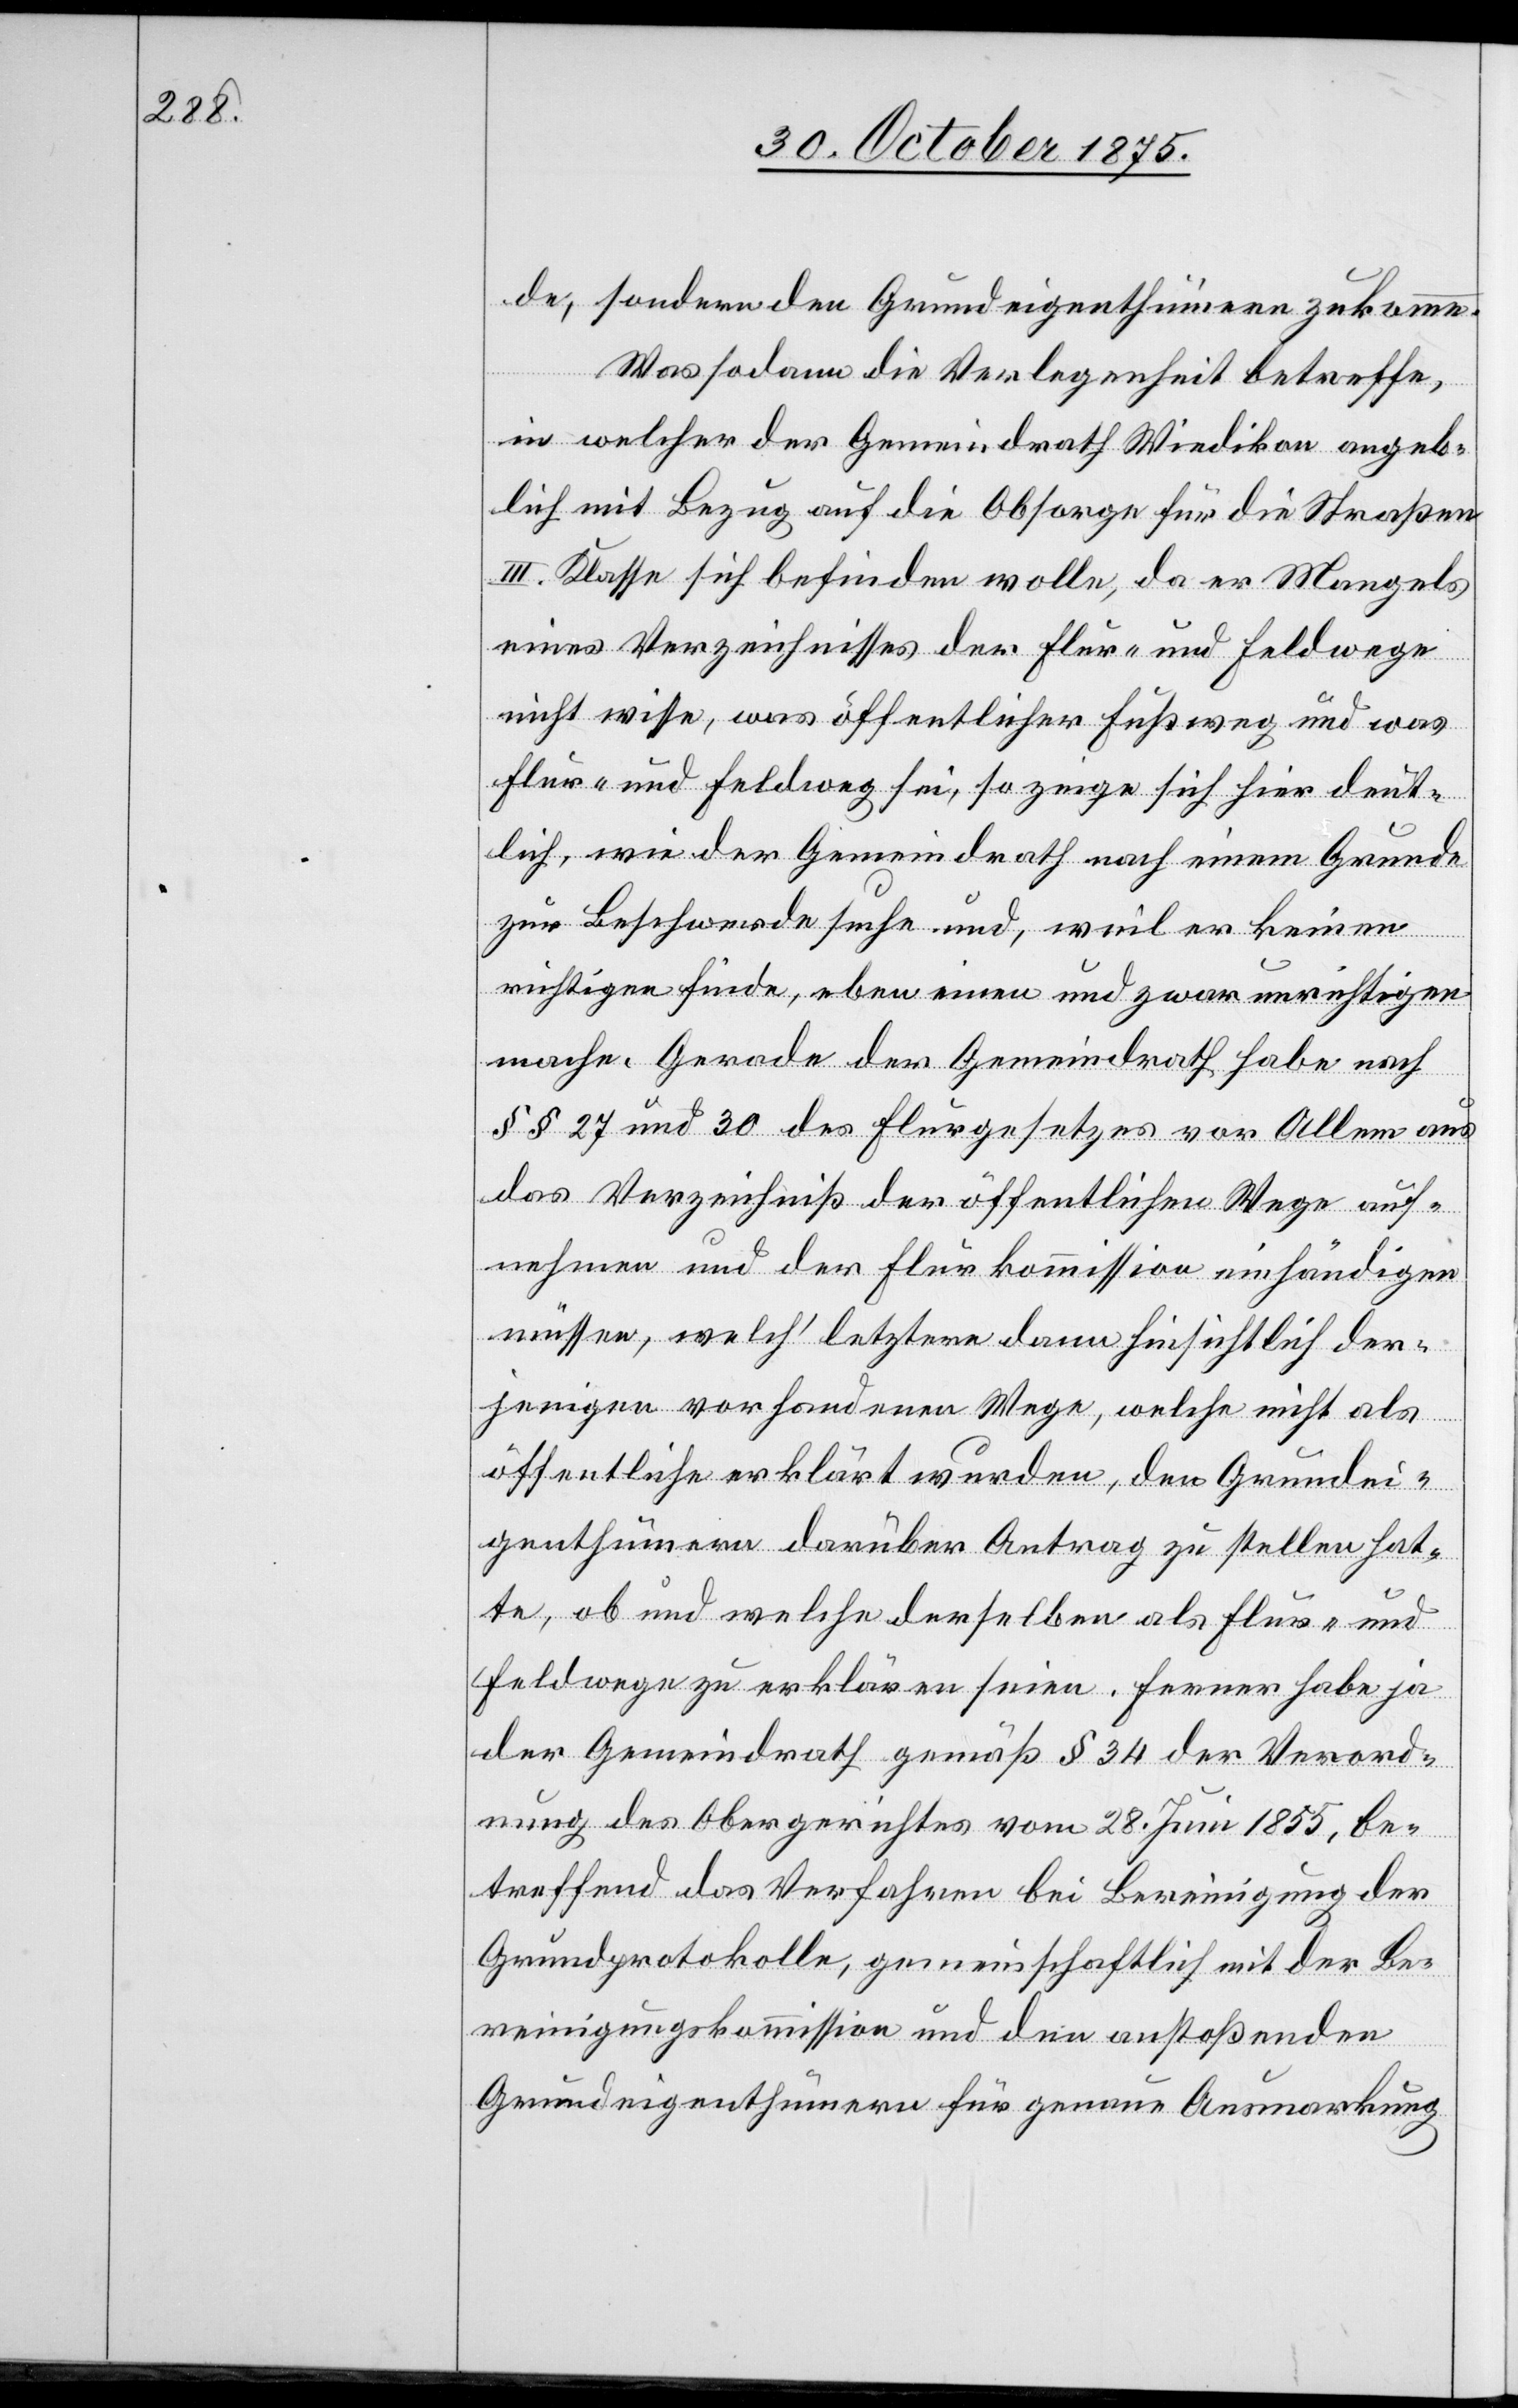
de, sondern den Grundeigenthümern zukomme.
Was sodann die Verlegenheit betreffe,
in welcher der Gemeindrath Wiedikon angeb¬
lich mit Bezug auf die Obsorge für die Straßen
III. Klasse sich befinden wolle, da er Mangels
eines Verzeichnisses der Flur- und Feldwege
nicht wisse, was öffentlicher Fußweg und was
Flur- und Feldweg sei, so zeige sich hier deut¬
lich, wie der Gemeindrath nach einem Grunde
zur Beschwerde suche und, weil er keinen
richtigen finde, eben einen und zwar unrichtigen
mache. Gerade der Gemeindrath habe nach
§§ 27 und 30 des Flurgesetzes vor Allem aus
das Verzeichniß der öffentlichen Wege auf¬
nehmen und der Flurkommission einhändigen
müssen, welch‘ letztere dann hinsichtlich der¬
jenigen vorhandenen Wege, welche nicht als
öffentliche erklärt wurden, den Grundei¬
genthümern darüber Antrag zu stellen hat¬
te, ob und welche derselben als Flur- und
Feldwege zu erklären seien. Ferner habe ja
der Gemeindrath gemäß § 34 der Verord¬
nung des Obergerichtes vom 28. Juni 1855, be¬
treffend das Verfahren bei Bereinigung der
Grundprotokolle, gemeinschaftlich mit der Be¬
reinigungskommission und den anstoßenden
Grundeigenthümern für genaue Ausmarkung